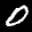
Label: 0